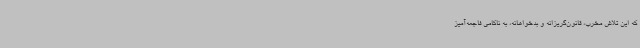
که این تلاش مخرب، قانون‌گریزانه و بدخواهانه، به ناکامی فاجعه‌آمیز